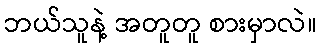
ဘယ်သူနဲ့ အတူတူ စားမှာလဲ။